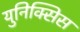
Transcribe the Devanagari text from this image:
युनिक्सिस